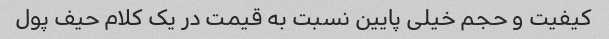
کیفیت و حجم خیلی پایین نسبت به قیمت در یک کلام حیف پول